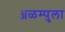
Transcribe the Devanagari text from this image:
ॲळम्पुला